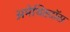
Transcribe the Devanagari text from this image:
अमेथिस्टॉस